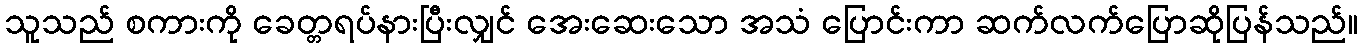
သူသည် စကားကို ခေတ္တရပ်နားပြီးလျှင် အေးဆေးသော အသံ ပြောင်းကာ ဆက်လက်ပြောဆိုပြန်သည်။